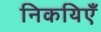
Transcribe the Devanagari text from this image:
निकयिएँ